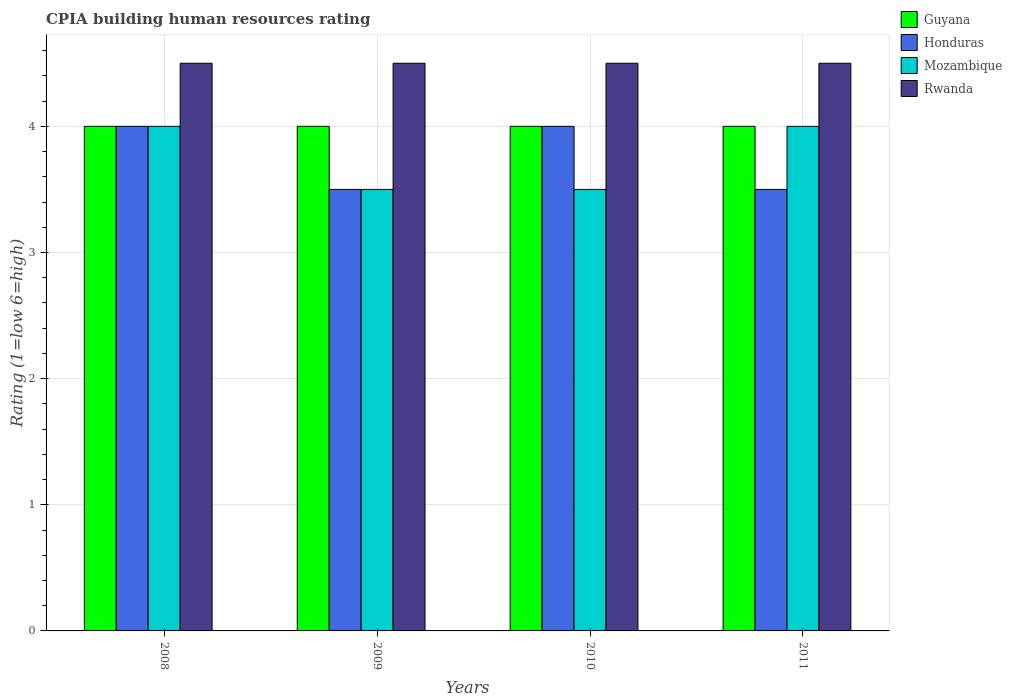
| Years | Guyana | Honduras | Mozambique | Rwanda |
 | --- | --- | --- | --- | --- |
 | 2008 | 4 | 4 | 4 | 4.5 |
 | 2009 | 4 | 3.5 | 3.5 | 4.5 |
 | 2010 | 4 | 4 | 3.5 | 4.5 |
 | 2011 | 4 | 3.5 | 4 | 4.5 |